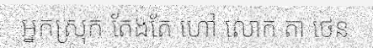
អ្នកស្រុក តែងតែ ហៅ លោក តា ថេន